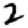
Digit: 2